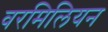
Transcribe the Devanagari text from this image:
वरमिलियन